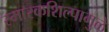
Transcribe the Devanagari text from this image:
स्मारकशिल्पामुळे